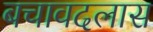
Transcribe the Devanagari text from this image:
बचावदलास